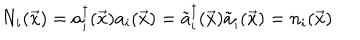
N _ { i } ( { \vec { x } } ) = a _ { i } ^ { \dagger } ( { \vec { x } } ) a _ { i } ( { \vec { x } } ) = { \tilde { a } } _ { i } ^ { \dagger } ( { \vec { x } } ) { \tilde { a } } _ { i } ( { \vec { x } } ) = n _ { i } ( { \vec { x } } )